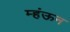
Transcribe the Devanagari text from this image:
म्हंऊन